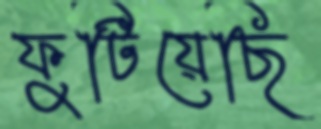
ফুটিয়েছি